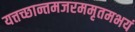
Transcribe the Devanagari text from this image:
यत्तच्छान्तमजरममृतमभयं